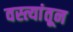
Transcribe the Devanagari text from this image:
वस्त्यांतून